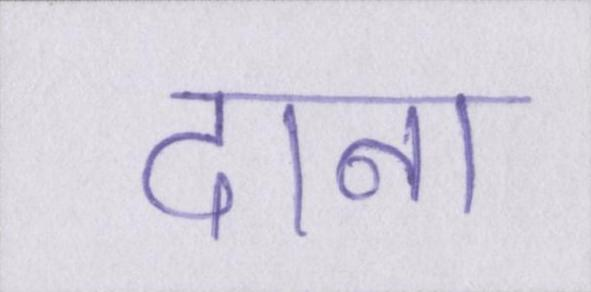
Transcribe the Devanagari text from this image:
दाना